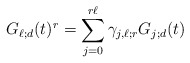
\begin{align*}G_{\ell;d}(t)^r =\sum_{j=0}^{r \ell} \gamma_{j,\ell; r} G_{j;d}(t)\end{align*}